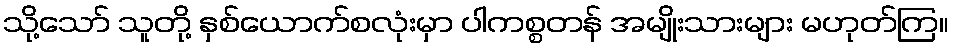
သို့သော် သူတို့ နှစ်ယောက်စလုံးမှာ ပါကစ္စတန် အမျိုးသားများ မဟုတ်ကြ။